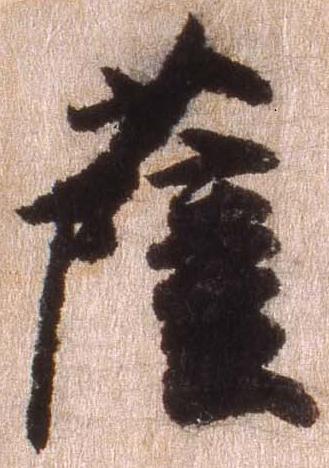
薩